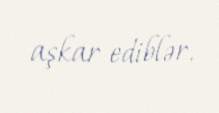
aşkar ediblər.